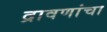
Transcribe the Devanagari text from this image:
द्रावणांचा